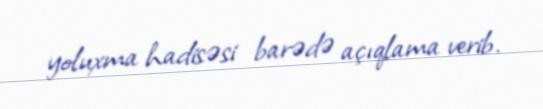
yoluxma hadisəsi barədə açıqlama verib.